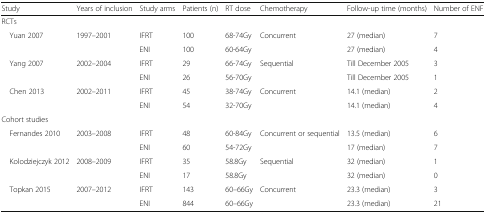
| Study | Years of inclusion | Study arms | Patients (n) | RT dose | Chemotherapy | Follow-up time (months) | Number of ENF |
 | --- | --- | --- | --- | --- | --- | --- | --- |
 | <COLSPAN=8> RCTs |
 | Yuan 2007 | 1997–2001 | IFRT | 100 | 68-74Gy | Concurrent | 27 (median) | 7 |
 |  |  | ENI | 100 | 60-64Gy |  | 27 (median) | 4 |
 | Yang 2007 | 2002–2004 | IFRT | 29 | 66-74Gy | Sequential | Till December 2005 | 3 |
 |  |  | ENI | 26 | 56-70Gy |  | Till December 2005 | 1 |
 | Chen 2013 | 2002–2011 | IFRT | 45 | 38-74Gy | Concurrent | 14.1 (median) | 2 |
 |  |  | ENI | 54 | 32-70Gy |  | 14.1 (median) | 4 |
 | <COLSPAN=8> Cohort studies |
 | Fernandes 2010 | 2003–2008 | IFRT | 48 | 60-84Gy | Concurrent or sequential | 13.5 (median) | 6 |
 |  |  | ENI | 60 | 54-72Gy |  | 17 (median) | 7 |
 | Kolodziejczyk 2012 | 2008–2009 | IFRT | 35 | 58.8Gy | Sequential | 32 (median) | 1 |
 |  |  | ENI | 17 | 58.8Gy |  | 32 (median) | 0 |
 | Topkan 2015 | 2007–2012 | IFRT | 143 | 60–66Gy | Concurrent | 23.3 (median) | 3 |
 |  |  | ENI | 844 | 60–66Gy |  | 23.3 (median) | 21 |